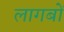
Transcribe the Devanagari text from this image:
लागबों